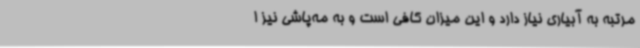
مرتبه به آبیاری نیاز دارد و این میزان کافی است و به مه‌پاشی نیز ا